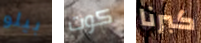
بيلو كوت كبرنا